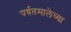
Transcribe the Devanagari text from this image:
पर्वतमालेच्या